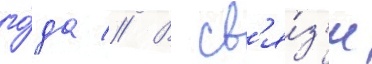
го́да // В св'я́з'и